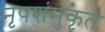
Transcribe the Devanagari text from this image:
नृपशंमुकृत